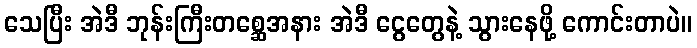
သေပြီး အဲဒီ ဘုန်းကြီးတစ္ဆေအနား အဲဒီ ငွေတွေနဲ့ သွားနေဖို့ ကောင်းတာပဲ။